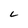
Character: L